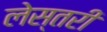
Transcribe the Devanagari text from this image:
लेस्तरी